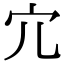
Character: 宂